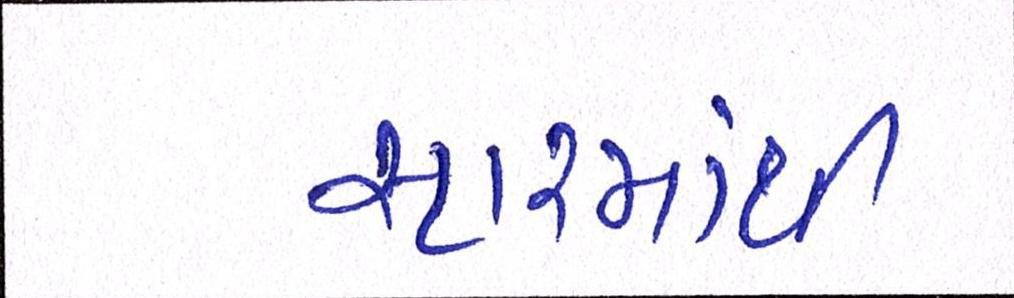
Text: સ્ટારમાંથી